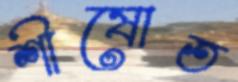
শীষোত